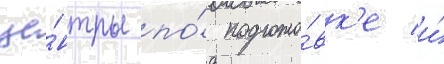
це́нтры по́ подгото́вк'е и́